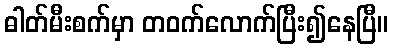
ဓါတ်မီးစက်မှာ တဝက်လောက်ပြီး၍နေပြီ။